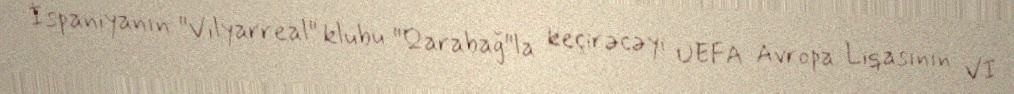
İspaniyanın "Vilyarreal" klubu "Qarabağ"la keçirəcəyi UEFA Avropa Liqasının VI